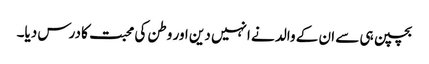
بچپن ہی سے ان کے والد نے انہیں دین اور وطن کی محبت کا درس دیا۔